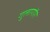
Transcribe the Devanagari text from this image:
गुलागोंग